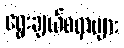
ရွေးချယ်စရာများ